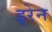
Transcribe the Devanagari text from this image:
इरेन